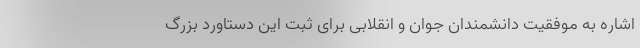
اشاره به موفقیت دانشمندان جوان و انقلابی برای ثبت این دستاورد بزرگ